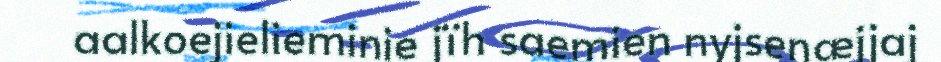
aalkoejielieminie jïh saemien nyjsenæjjaj